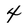
Character: 4